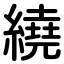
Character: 繞